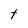
Character: t